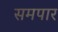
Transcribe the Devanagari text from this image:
समपार